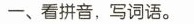
一、看拼音，写词语。